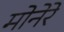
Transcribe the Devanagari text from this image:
मोनेरे